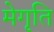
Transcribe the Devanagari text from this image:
मेगृति